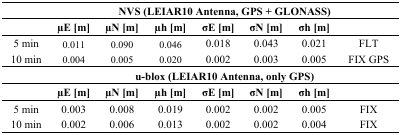
|  | <COLSPAN=7> NVS (LEIAR10 Antenna, GPS + GLONASS) |
 |  | μE [m] | μN [m] | μh [m] | σE [m] | σN [m] | σh [m] |  |
 | --- | --- | --- | --- | --- | --- | --- | --- |
 | 5 min | 0.011 | 0.090 | 0.046 | 0.018 | 0.043 | 0.021 | FLT |
 | 10 min | 0.004 | 0.005 | 0.020 | 0.002 | 0.003 | 0.005 | FIX GPS |
 |  | <COLSPAN=7> u-blox (LEIAR10 Antenna, only GPS) |
 |  | μE [m] | μN [m] | μh [m] | σE [m] | σN [m] | σh [m] |  |
 | 5 min | 0.003 | 0.008 | 0.019 | 0.002 | 0.002 | 0.005 | FIX |
 | 10 min | 0.002 | 0.006 | 0.013 | 0.002 | 0.002 | 0.004 | FIX |